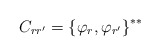
\begin{align*}C_{rr^\prime}={\{\varphi_r,\varphi_{r^\prime}\}}^{**}\end{align*}